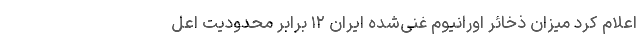
اعلام کرد میزان ذخائر اورانیوم غنی‌شده ایران ۱۲ برابر محدودیت اعل